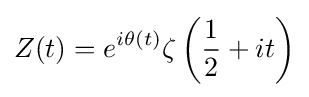
Z(t)=e^{i\theta (t)}\zeta \left({\frac {1}{2}}+it\right)